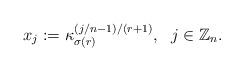
LaTeX: \begin{align*}x_j:=\kappa_{\sigma(r)}^{(j/n-1)/(r+1)},\ \ j\in\mathbb{Z}_n.\end{align*}